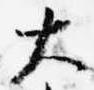
大